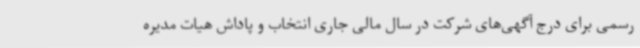
رسمی برای درج آگهی‌های شرکت در سال مالی جاری انتخاب و پاداش هیات مدیره